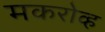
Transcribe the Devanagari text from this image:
मकरोव्ह